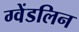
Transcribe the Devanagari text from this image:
ग्वेंडलिन